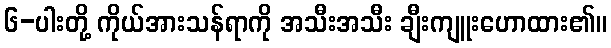
၆-ပါးတို့ ကိုယ်အားသန်ရာကို အသီးအသီး ချီးကျူးဟောထား၏။